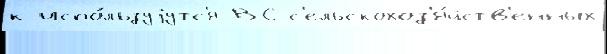
к испо́льзуjутс'я ВС с'ельскохоз'я́йств'енных